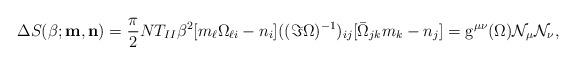
LaTeX: \begin{align*}\Delta S(\beta;{\bf m},{\bf n})=\frac{\pi}{2} NT_{II}\beta^2 [m_\ell\Omega_{\ell i}-n_i]((\Im \Omega)^{-1})_{ij}[\bar{\Omega}_{jk}m_k-n_j]={\rm g}^{\mu\nu}(\Omega){\cal N}_{\mu}{\cal N}_{\nu},\end{align*}